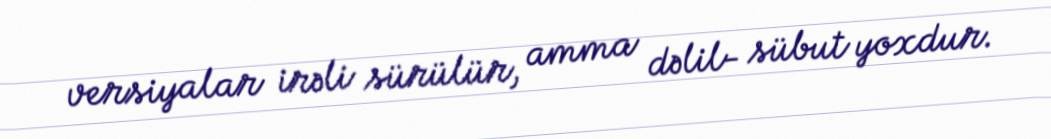
versiyalar irəli sürülür, amma dəlil- sübut yoxdur.